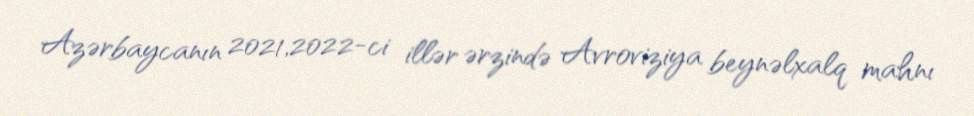
Azərbaycanın 2021,2022-ci illər ərzində Avroviziya beynəlxalq mahnı